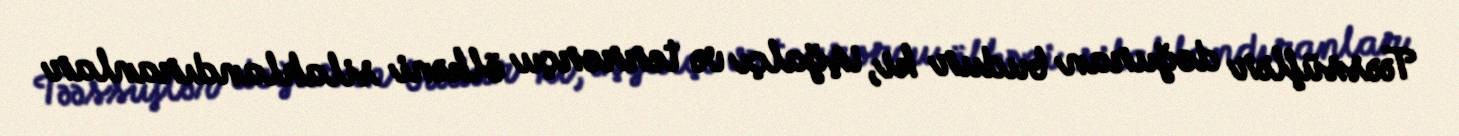
Təəssüflər doğuran budur ki, işğalçı və terrorçu ölkəni silahlandıranlar